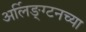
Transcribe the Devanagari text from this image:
अर्लिङ्ग्टनच्या